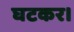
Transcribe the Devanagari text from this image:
घटकर।